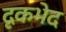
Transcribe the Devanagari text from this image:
दृकभेद